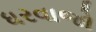
ધરવાજો